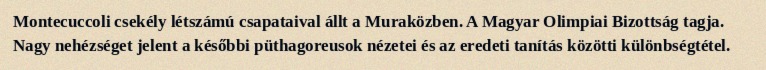
Montecuccoli csekély létszámú csapataival állt a Muraközben. A Magyar Olimpiai Bizottság tagja. Nagy nehézséget jelent a későbbi püthagoreusok nézetei és az eredeti tanítás közötti különbségtétel.